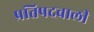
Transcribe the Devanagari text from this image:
प्रतिपदवाली